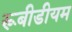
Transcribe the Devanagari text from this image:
रूबीडीयम